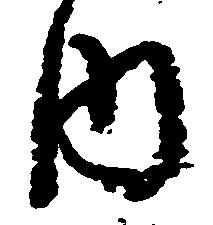
内